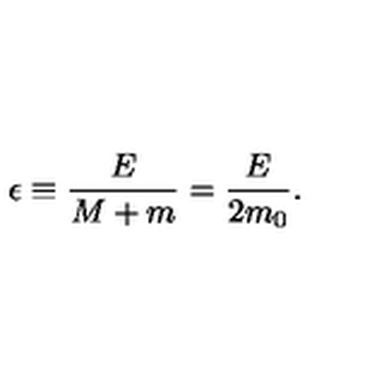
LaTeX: \epsilon \equiv { \frac { E } { M + m } } = { \frac { E } { 2 m _ { 0 } } } .